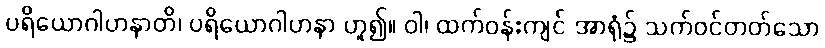
ပရိယောဂါဟနာတိ၊ ပရိယောဂါဟနာ ဟူ၍။ ဝါ၊ ထက်ဝန်းကျင် အာရုံ၌ သက်ဝင်တတ်သော